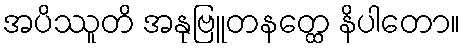
အပိဿူတိ အနုဗြူတနတ္ထေ နိပါတော။